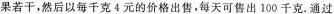
果若干，然后以每千克4元的价格出售，每天可售出100千克。通过